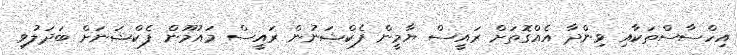
އިހްސާސްތަކާއި ވިންދާ އެއްގޮތަށް ރައީސް ޔާމީން ފެކްޝަނުން ރައީސް މައުމޫން ފެކްޝަނަށް ބަދަލުވި